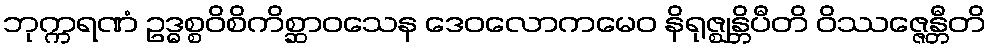
ဘုက္ကရဏံ ဥဒ္ဓစ္စဝိစိကိစ္ဆာဝသေန ဒေဝလောကမေဝ နိရုဇ္ဈန္တိပီတိ ဝိဿဇ္ဇေန္တီတိ